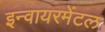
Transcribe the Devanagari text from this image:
इन्वायरमेंटल